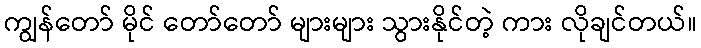
ကျွန်တော် မိုင် တော်တော် များများ သွားနိုင်တဲ့ ကား လိုချင်တယ်။